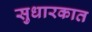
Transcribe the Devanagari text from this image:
सुधारकात